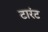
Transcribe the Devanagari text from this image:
टारंट